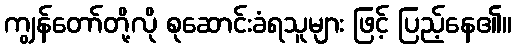
ကျွန်တော်တို့လို စုဆောင်းခံရသူများ ဖြင့် ပြည့်နေ၏။